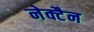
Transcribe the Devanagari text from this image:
नेक्टैन